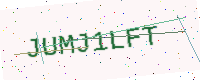
Text: JUMJ1LFT